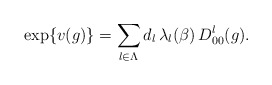
\begin{align*}\exp\{v(g)\}=\sum_{l\in\Lambda }d_{l}\,\lambda _{l}(\beta )\,D^l_{00}(g).\end{align*}